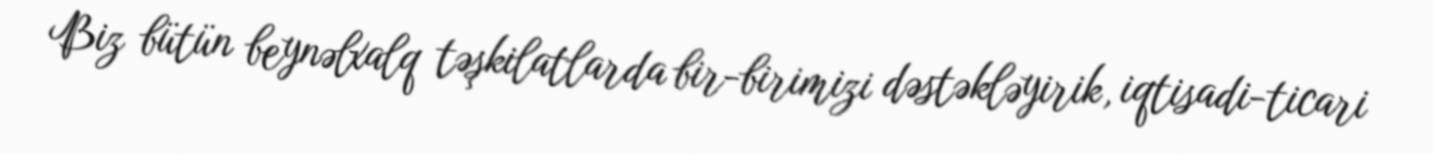
Biz bütün beynəlxalq təşkilatlarda bir-birimizi dəstəkləyirik, iqtisadi-ticari